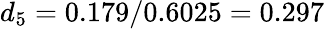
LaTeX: d_{5}=0.179/0.6025=0.297